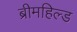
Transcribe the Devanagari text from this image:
ब्रीमहिल्ड